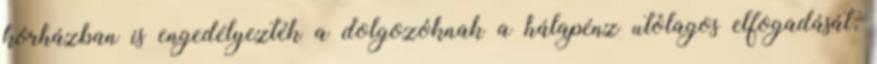
kórházban is engedélyezték a dolgozóknak a hálapénz utólagos elfogadását,